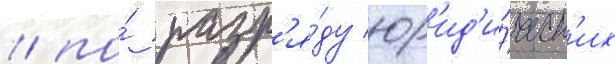
/ по́ разр'я́ду юр'ид'и́ческ'их